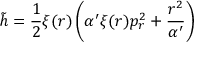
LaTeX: { \tilde { h } } = \frac { 1 } { 2 } \xi ( r ) \left( \alpha ^ { \prime } \xi ( r ) p _ { r } ^ { 2 } + \frac { r ^ { 2 } } { \alpha ^ { \prime } } \right)